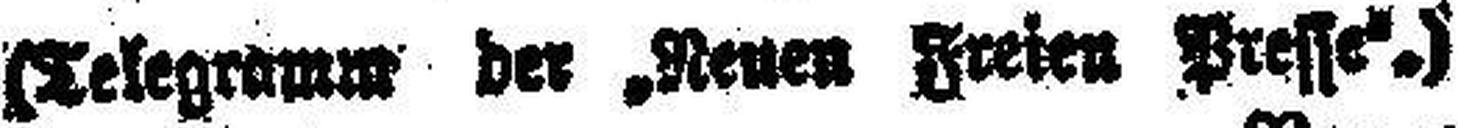
(Telegramm der „Neuen Freien Presse“.)